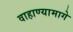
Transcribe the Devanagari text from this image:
वाहाण्यामागे